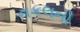
નકલની